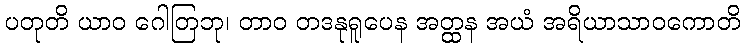
ပတုတိ ယာဝ ဂေါတြဘု၊ တာဝ တဒနုရူပေန အတ္ထန အယံ အရိယာသာဝကောတိ